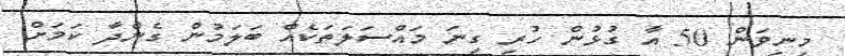
މިނިވަން 50 އާ ގުޅުން ހުރި ގިނަ މައްސަލަތަކެއް ބަލަމުން ގެންދާ ކަމަށް